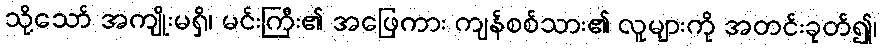
သို့သော် အကျိုးမရှိ၊ မင်းကြီး၏ အဖြေကား ကျန်စစ်သား၏ လူများကို အတင်းခုတ်၍၊